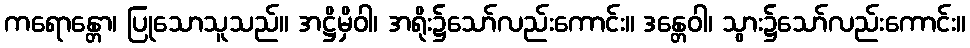
ကရောန္တော၊ ပြုသောသူသည်။ အဋ္ဌိမှိဝါ၊ အရိုး၌သော်လည်းကောင်း။ ဒန္တေဝါ၊ သွား၌သော်လည်းကောင်း။